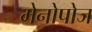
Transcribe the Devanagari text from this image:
मेनोपोज